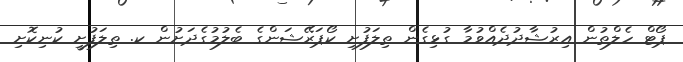
ޕޯޓް ހެލްތުން އިރުޝާދުދެއްވުމާ ގުޅިގެން ތިލަފުށި ކޯޕަރޭޝަންގެ ބެލުމުގެދަށުން ކ. ތިލަފުށީ ކުނިކޮށި